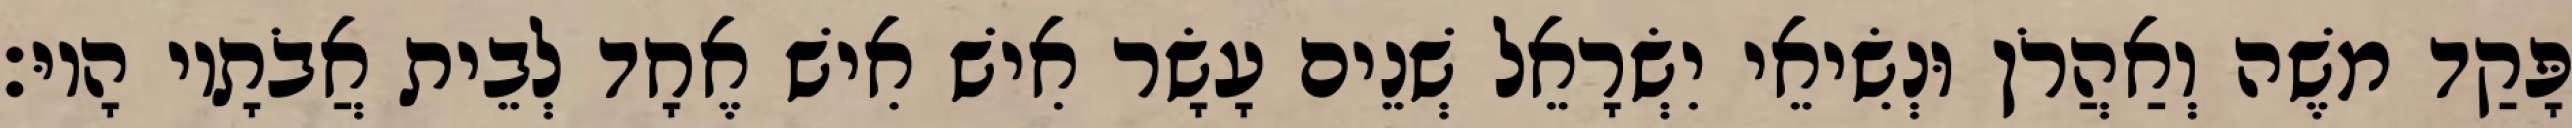
פָּקַד משֶׁה וְאַהֲרֹן וּנְשִׂיאֵי יִשְׂרָאֵל שְׁנֵים עָשָׂר אִישׁ אִישׁ אֶחָד לְבֵית אֲבֹתָיו הָיוּ׃